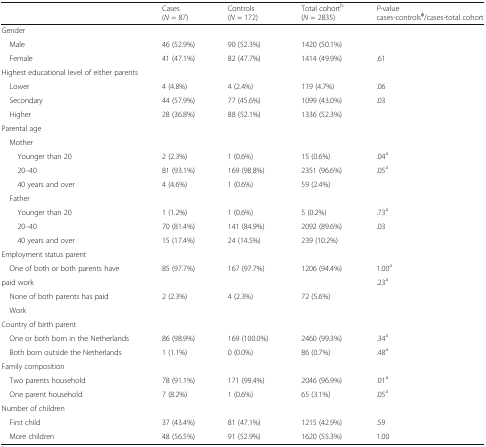
<table><thead><tr><td></td><td><b>Cases(<i>N</i> = 87)</b></td><td><b>Controls(<i>N</i> = 172)</b></td><td><b>Total cohort<sup>b</sup>(<i>N</i> = 2835)</b></td><td><b><i>P</i>-valuecases-controls<sup>φ</sup>/cases-total cohort</b></td></tr></thead><tbody><tr><td colspan="5">Gender</td></tr><tr><td> Male</td><td>46 (52.9%)</td><td>90 (52.3%)</td><td>1420 (50.1%)</td><td></td></tr><tr><td> Female</td><td>41 (47.1%)</td><td>82 (47.7%)</td><td>1414 (49.9%)</td><td>.61</td></tr><tr><td colspan="5">Highest educational level of either parents</td></tr><tr><td> Lower</td><td>4 (4.8%)</td><td>4 (2.4%)</td><td>119 (4.7%)</td><td>.06</td></tr><tr><td> Secondary</td><td>44 (57.9%)</td><td>77 (45.6%)</td><td>1099 (43.0%)</td><td>.03</td></tr><tr><td> Higher</td><td>28 (36.8%)</td><td>88 (52.1%)</td><td>1336 (52.3%)</td><td></td></tr><tr><td colspan="5">Parental age</td></tr><tr><td colspan="5"> Mother</td></tr><tr><td>Younger than 20</td><td>2 (2.3%)</td><td>1 (0.6%)</td><td>15 (0.6%)</td><td>.04<sup>a</sup></td></tr><tr><td>20–40</td><td>81 (93.1%)</td><td>169 (98.8%)</td><td>2351 (96.6%)</td><td>.05<sup>a</sup></td></tr><tr><td>40 years and over</td><td>4 (4.6%)</td><td>1 (0.6%)</td><td>59 (2.4%)</td><td></td></tr><tr><td colspan="5"> Father</td></tr><tr><td>Younger than 20</td><td>1 (1.2%)</td><td>1 (0.6%)</td><td>5 (0.2%)</td><td>.73<sup>a</sup></td></tr><tr><td>20–40</td><td>70 (81.4%)</td><td>141 (84.9%)</td><td>2092 (89.6%)</td><td>.03</td></tr><tr><td>40 years and over</td><td>15 (17.4%)</td><td>24 (14.5%)</td><td>239 (10.2%)</td><td></td></tr><tr><td colspan="5">Employment status parent</td></tr><tr><td> One of both or both parents have</td><td>85 (97.7%)</td><td>167 (97.7%)</td><td>1206 (94.4%)</td><td>1.00<sup>a</sup></td></tr><tr><td>paid work</td><td></td><td></td><td></td><td>.23<sup>a</sup></td></tr><tr><td> None of both parents has paid</td><td>2 (2.3%)</td><td>4 (2.3%)</td><td>72 (5.6%)</td><td></td></tr><tr><td colspan="5"> Work</td></tr><tr><td colspan="5">Country of birth parent</td></tr><tr><td> One or both born in the Netherlands</td><td>86 (98.9%)</td><td>169 (100.0%)</td><td>2460 (99.3%)</td><td>.34<sup>a</sup></td></tr><tr><td> Both born outside the Netherlands</td><td>1 (1.1%)</td><td>0 (0.0%)</td><td>86 (0.7%)</td><td>.48<sup>a</sup></td></tr><tr><td colspan="5">Family composition</td></tr><tr><td> Two parents household</td><td>78 (91.1%)</td><td>171 (99.4%)</td><td>2046 (96.9%)</td><td>.01<sup>a</sup></td></tr><tr><td> One parent household</td><td>7 (8.2%)</td><td>1 (0.6%)</td><td>65 (3.1%)</td><td>.05<sup>a</sup></td></tr><tr><td colspan="5">Number of children</td></tr><tr><td> First child</td><td>37 (43.4%)</td><td>81 (47.1%)</td><td>1215 (42.9%)</td><td>.59</td></tr><tr><td> More children</td><td>48 (56.5%)</td><td>91 (52.9%)</td><td>1620 (55.3%)</td><td>1.00</td></tr></tbody></table>